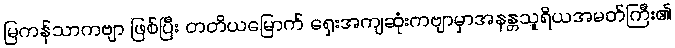
မြကန်သာကဗျာ ဖြစ်ပြီး တတိယမြောက် ရှေးအကျဆုံးကဗျာမှာအနန္တသူရိယအမတ်ကြီး၏